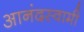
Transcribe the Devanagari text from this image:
आनंदस्वामी